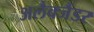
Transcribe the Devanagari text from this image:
अलैक्जैंडर